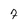
Character: 7